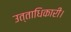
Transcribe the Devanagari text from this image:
उत्ताधिकारी।